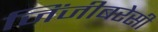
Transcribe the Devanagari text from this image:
जिंजीबरेसी